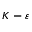
K - \varepsilon